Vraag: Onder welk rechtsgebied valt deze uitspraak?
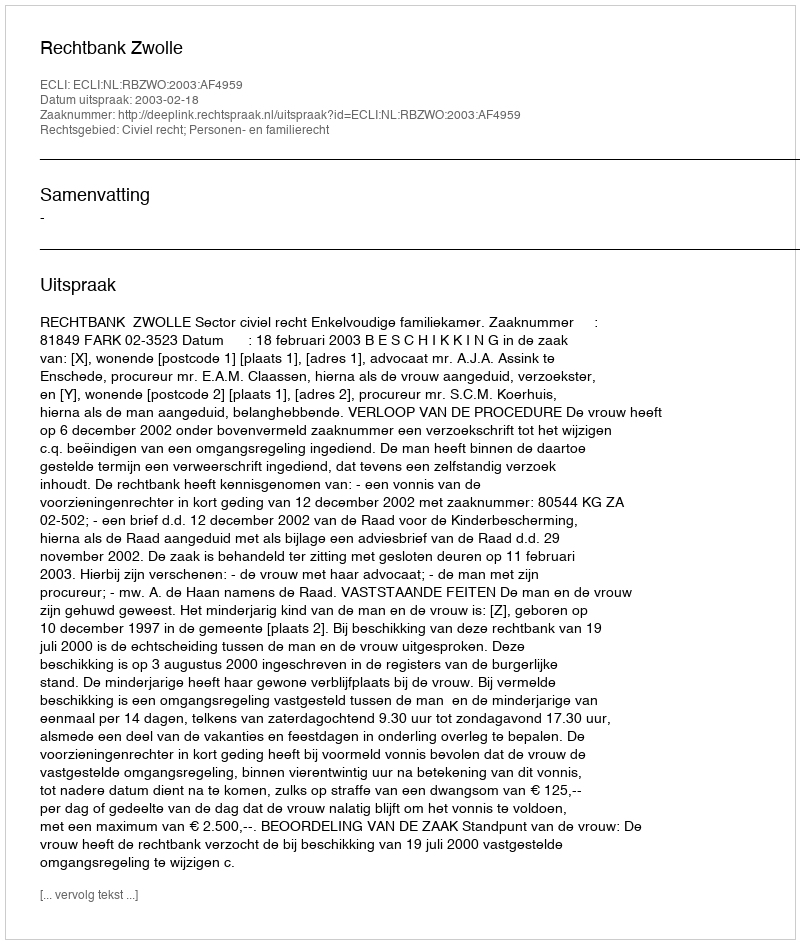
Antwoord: Civiel recht; Personen- en familierecht